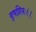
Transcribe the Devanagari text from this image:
वृषप्रियः।।